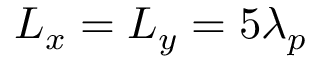
L _ { x } = L _ { y } = 5 \lambda _ { p }